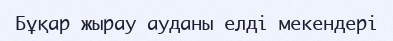
Бұқар жырау ауданы елді мекендері